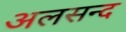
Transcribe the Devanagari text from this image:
अलसन्द